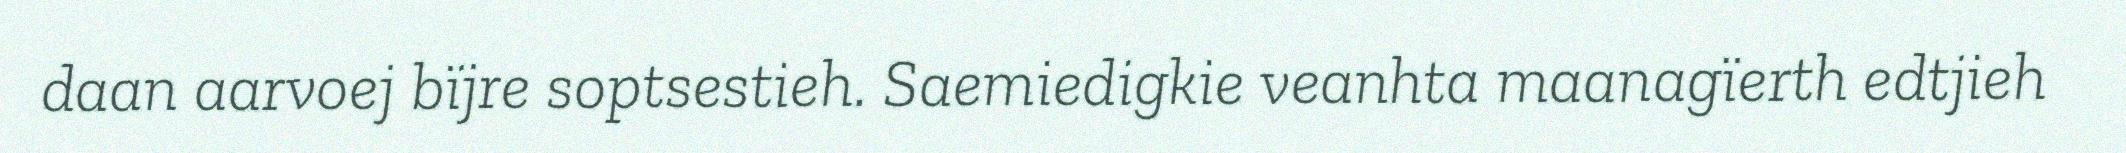
daan aarvoej bïjre soptsestieh. Saemiedigkie veanhta maanagïerth edtjieh